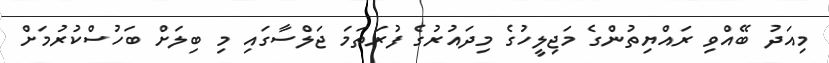
މިއަދު ބޭއްވި ރައްޔިތުންގެ މަޖިލީހުގެ މިދައުރުގެ ފުރަތަމަ ޖަލްސާގައި މި ބިލަށް ބަހުސްކުރުމަށް